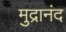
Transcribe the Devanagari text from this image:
मुद्रानंद